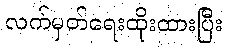
လက်မှတ်ရေးထိုးထားပြီး